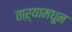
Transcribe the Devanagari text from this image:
ताऱ्यामधून